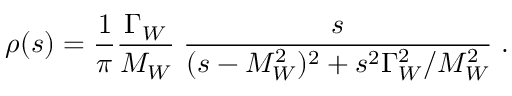
\rho ( s ) = { \frac { 1 } { \pi } } { \frac { \Gamma _ { W } } { M _ { W } } } \; { \frac { s } { ( s - M _ { W } ^ { 2 } ) ^ { 2 } + s ^ { 2 } \Gamma _ { W } ^ { 2 } / M _ { W } ^ { 2 } } } \; .